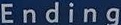
Ending